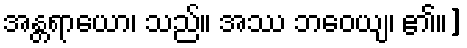
အန္တရာယော၊ သည်။ အဿ ဘဝေယျ၊ ၏။]